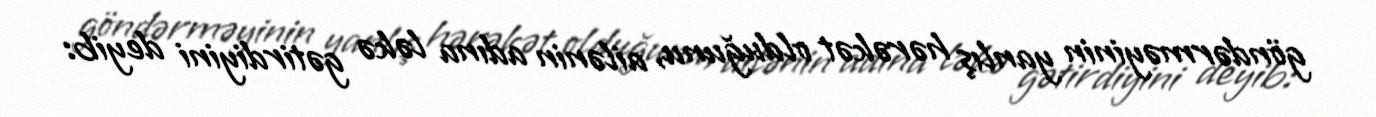
göndərməyinin yanlış hərəkət olduğunu, ailənin adına ləkə gətirdiyini deyib: